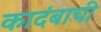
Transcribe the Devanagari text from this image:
कादंबाची